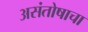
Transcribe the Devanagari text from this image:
असंतोषाचा